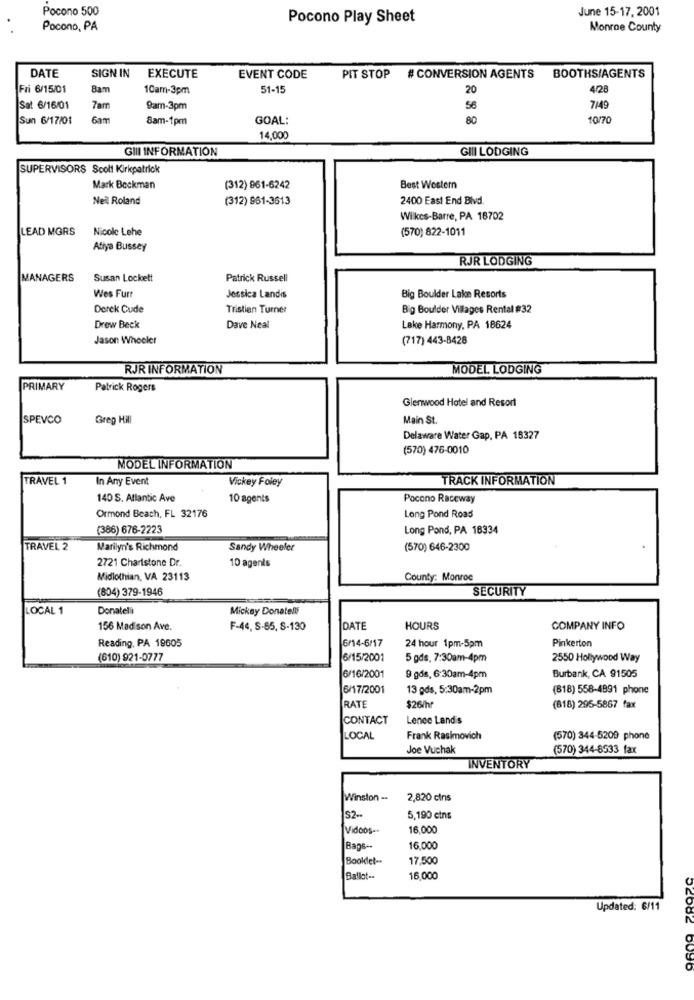
Pocono 500
June 15-17, 2001
Pocono Play Sheet
Pocono, PA
Monroe County
DATE
SIGN IN
EXECUTE
EVENT CODE
PIT STOP # CONVERSION AGENTS
BOOTHSIAGENTS
Fri 6/15/01
8am
10am-3pm
51-15
20
4/28
Sat 6/16/01
7am
9am-3pm
56
7/49
Sun 6/17/01
6am
8am-1pm
GOAL:
80
10/70
14,000
GIII INFORMATION
GIII LODGING
SUPERVISORS Scolf Kirkpatrick
Mark Beckman
(312) 961-6242
Best Western
Nell Roland
(312) 961-3613
2400 East End Blvd.
Wilkes-Barre, PA 18702
LEAD MGRS
Nicole Lehe
(570) 822-1011
Atiya Bussey
RJR LODGING
MANAGERS
Susan Lockett
Patrick Russell
Wes Furt
Jessica Landis
Big Boulder Lake Resorts
Derck Cude
Tristian Turner
Big Boulder Villages Rental #32
Drew Beck
Dave Neal
Lake Harmony, PA 18624
Jason Wheeler
(717) 443-8428
RJR INFORMATION
MODEL LODGING
PRIMARY
Patrick Rogers
Glenwood Hotel and Resort
SPEVCO
Greg Hill
Main St.
Delaware Water Gap, PA 18327
(570) 476-0010
MODEL INFORMATION
TRAVEL 1
In Any Event
Vickey Foley
TRACK INFORMATION
140 S. Atlantic Ave
10 agents
Pocono Raceway
Ormond Beach, FL 32176
Long Pond Roas
(386) 676-2223
Long Pond, PA 18334
TRAVEL 2
Marilyn's Richmond
Sandy Wheeler
(570) 646-2300
2721 Charistone Dr.
10 agents
Midlothian, VA 23113
County: Monroe
(804) 379-1946
SECURITY
LOCAL 1
Donatelli
Mickey Donatelli
156 Madison Ave.
F-44, S-65, 8-130
DATE
HOURS
COMPANY INFO
Reading, PA 19605
6/14-6/17
24 hour 1pm-5pm
Pinkerton
(610) 921-0777
6/15/2001
5 gds, 7:30am-4pm
2550 Hollywood Way
Burbank, CA 91505
6/16/2001
9 gós, 6:30am-4pm
6/17/2001
13 gds, 5:30am-2pm
(818) 558-4891 phone
RATE
$26/hr
(818) 295-5867 fax
CONTACT
Lence Land's
LOCAL
Frank Rasimovich
(570) 344-5209 phone
Joe Vuchak
(570) 344-8533 fax
INVENTORY
Winston -
2,820 cins
S2-
5,190 cins
Videos ..
16,000
Bags --
16,000
Booklet -.
17,500
Ballot --
16,000
Updated: 6/11
02082 6096